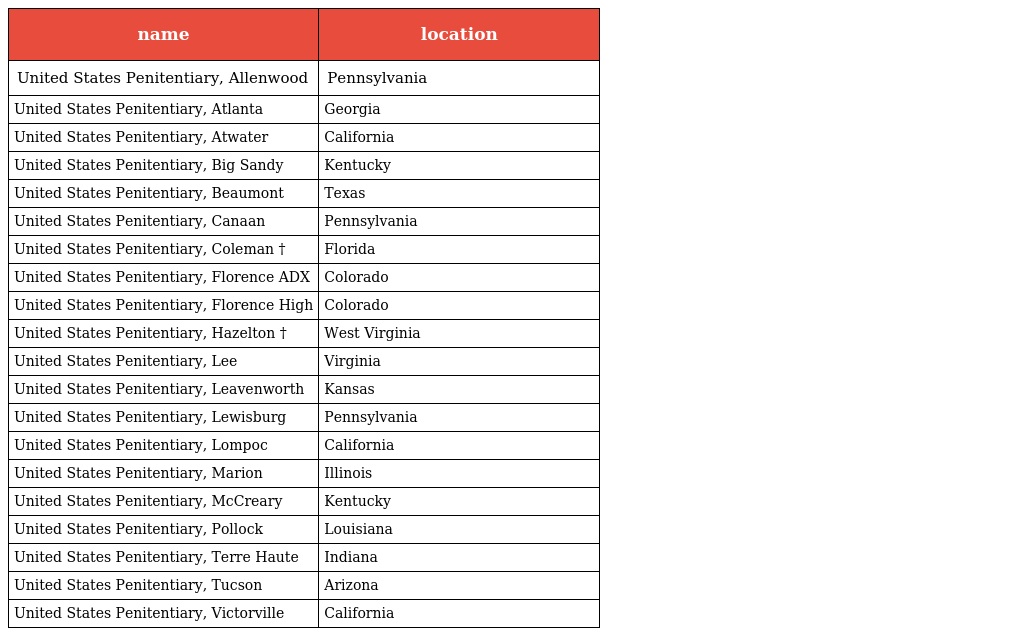
| name | location |
 | --- | --- |
 | United States Penitentiary, Allenwood | Pennsylvania |
 | United States Penitentiary, Atlanta | Georgia |
 | United States Penitentiary, Atwater | California |
 | United States Penitentiary, Big Sandy | Kentucky |
 | United States Penitentiary, Beaumont | Texas |
 | United States Penitentiary, Canaan | Pennsylvania |
 | United States Penitentiary, Coleman † | Florida |
 | United States Penitentiary, Florence ADX | Colorado |
 | United States Penitentiary, Florence High | Colorado |
 | United States Penitentiary, Hazelton † | West Virginia |
 | United States Penitentiary, Lee | Virginia |
 | United States Penitentiary, Leavenworth | Kansas |
 | United States Penitentiary, Lewisburg | Pennsylvania |
 | United States Penitentiary, Lompoc | California |
 | United States Penitentiary, Marion | Illinois |
 | United States Penitentiary, McCreary | Kentucky |
 | United States Penitentiary, Pollock | Louisiana |
 | United States Penitentiary, Terre Haute | Indiana |
 | United States Penitentiary, Tucson | Arizona |
 | United States Penitentiary, Victorville | California |